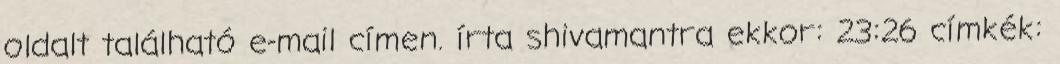
oldalt található e-mail címen. írta shivamantra ekkor: 23:26 címkék: